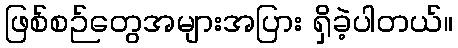
ဖြစ်စဉ်တွေအများအပြား ရှိခဲ့ပါတယ်။